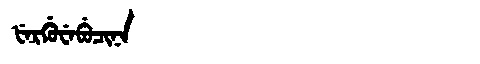
Manchu: ᡶᡝᡵᡤᡠᠸᡝᠪᡠᠴᡳᠨᠠ
Romanization: FERGUWEBUCINA